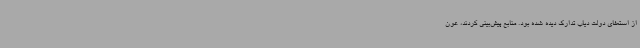
از استعفای دولت دیاب تدارک دیده شده بود. منابع پیش‌بینی کردند، عون